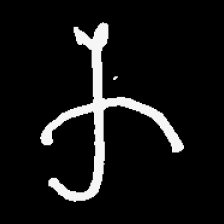
Pyu character \u2014 Myanmar letter: က (romanized: ka)